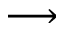
\longrightarrow